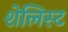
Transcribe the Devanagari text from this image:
शेलिस्ट